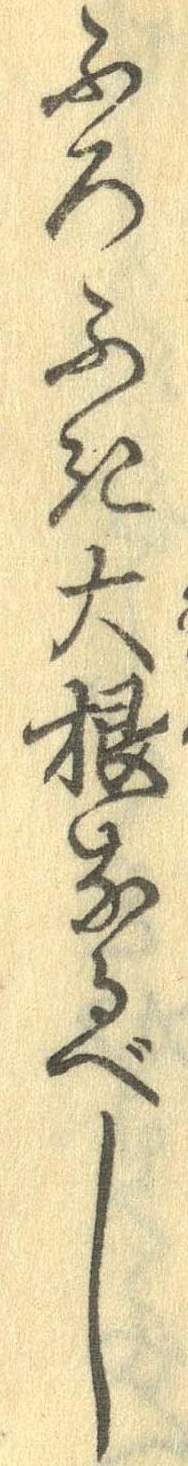
ふろふき大根なるべし